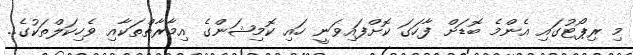
މި ރިޕޯޓުގައި އެންމެ ބޮޑަށް ފާހަގަ ކޮށްފައިވަނީ ހައި ކޮމިޝަންގެ އިމާރާތްތަކާއި ވެހިކަލްތަކުގެ..